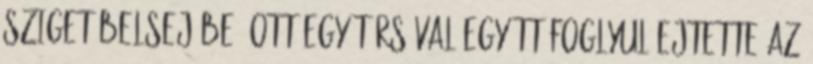
sziget belsejébe. Ott egy társával együtt foglyul ejtette az